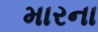
મારના